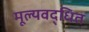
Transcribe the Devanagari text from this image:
मूल्यवद्धित